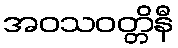
အဝသဝတ္တိနီ